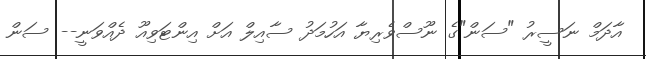
އާދަމް ނަސީރު "ސަން"ގެ ނޫސްވެރިޔާ އަހުމަދު ސާއިލް އަށް އިންޓަވިއޫ ދެއްވަނީ-- ސަން